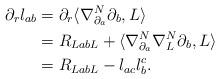
LaTeX: \begin{align*}\partial_r l_{ab} ={}& \partial_r\langle \nabla^N_{\partial_a} \partial_b, L \rangle \\ ={}& R_{LabL} + \langle \nabla^N_{\partial_a} \nabla^N_{L}\partial_b, L \rangle \\ ={}& R_{LabL} -l_{ac} l^c_b.\end{align*}